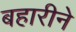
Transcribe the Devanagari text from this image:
बहारीने